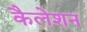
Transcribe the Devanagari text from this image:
कैलेशन